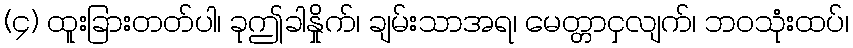
(၄) ထူးခြားတတ်ပါ၊ ခုဤခါနှိုက်၊ ချမ်းသာအရ၊ မေတ္တာငှလျက်၊ ဘဝသုံးထပ်၊